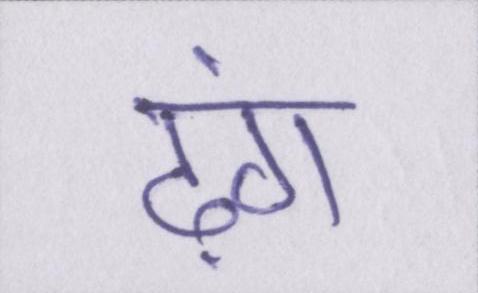
ढ़ंग